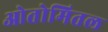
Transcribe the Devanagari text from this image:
ओतोमितल